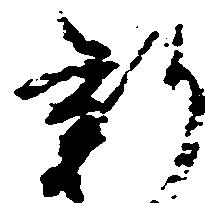
新